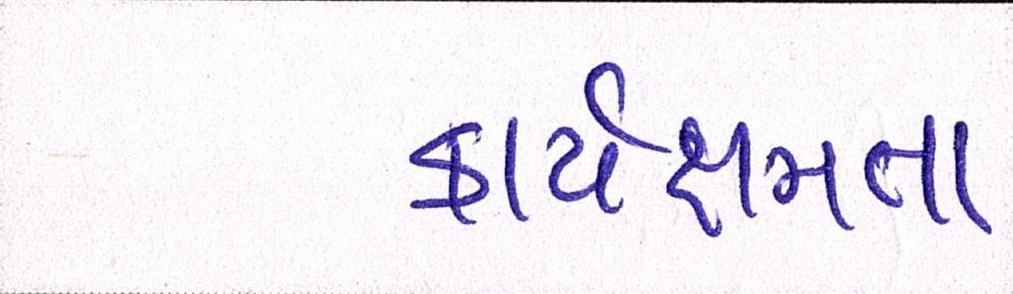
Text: કાર્યક્ષમતા